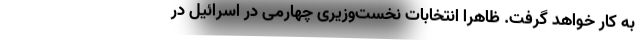
به کار خواهد گرفت. ظاهراً انتخاباتِ نخست‌وزیری چهارمی در اسرائیل در